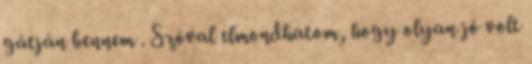
gátján bennem . Szóval elmondhatom, hogy olyan jó volt